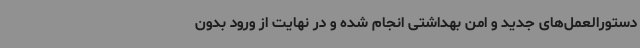
دستورالعمل‌های جدید و امن بهداشتی انجام شده و در نهایت از ورود بدون